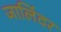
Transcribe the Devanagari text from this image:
जालिंदर